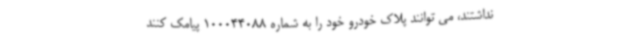
نداشتند، می توانند پلاک خودرو خود را به شماره 100044088 پیامک کنند